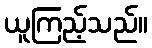
ယူကြည့်သည်။